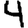
Digit: 4